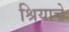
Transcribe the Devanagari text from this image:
श्रियाचे